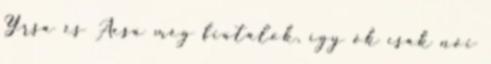
Yrsa és Aesa még fiatalok, így ők csak női